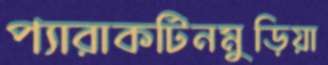
প্যারাকটিনমুড়িয়া